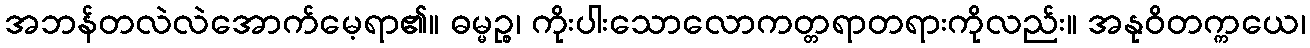
အဘန်တလဲလဲအောက်မေ့ရာ၏။ ဓမ္မဉ္စ၊ ကိုးပါးသောလောကတ္တရာတရားကိုလည်း။ အနုဝိတက္ကယေ၊